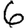
Digit: 6